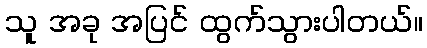
သူ အခု အပြင် ထွက်သွားပါတယ်။